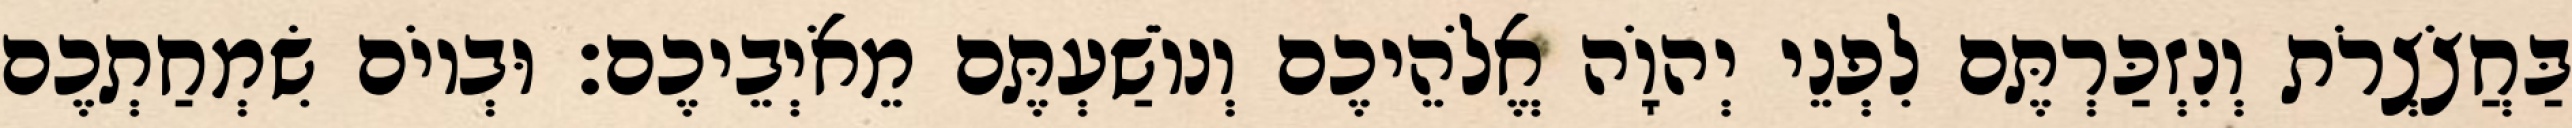
בַּחֲצֹצְרֹת וְנִזְכַּרְתֶּם לִפְנֵי יְהוָֹה אֱלֹהֵיכֶם וְנוֹשַׁעְתֶּם מֵאֹיְבֵיכֶם׃ וּבְיוֹם שִׂמְחַתְכֶם